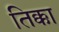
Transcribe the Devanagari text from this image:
तिक्का